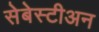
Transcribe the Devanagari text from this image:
सेबेस्टीअन